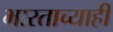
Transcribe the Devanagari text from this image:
भारताच्याही